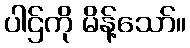
ပါဌ်ကို မိန့်သော်။